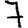
Digit: 7